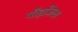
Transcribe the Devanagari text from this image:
गॉड़ज़िला